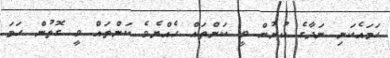
ހަމައެކަނި ނަދާގެ ކުށުން ވީ ކަންތައް ހެއްޔެވެ ކަންތައް ވީ ގޮތުން ހަމަ